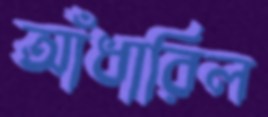
আঁধারিল